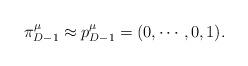
LaTeX: \begin{align*}\pi^\mu_{D-1}\approx p^\mu_{D-1}=(0,\cdots ,0,1).\end{align*}